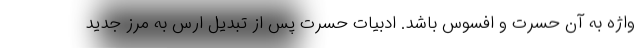
واژه به آن حسرت و افسوس باشد. ادبیات حسرت پس از تبدیل ارس به مرز جدید